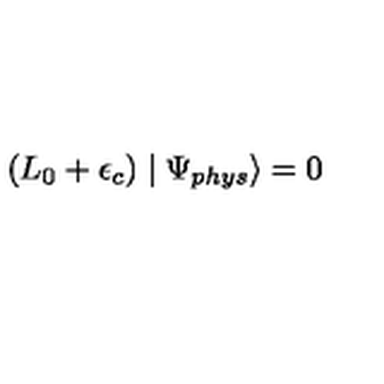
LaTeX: ( L _ { 0 } + \epsilon _ { c } ) \mid \Psi _ { p h y s } \rangle = 0